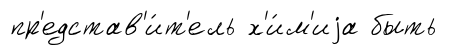
пр'едстав'и́т'ель х'и́м'иjа быть